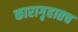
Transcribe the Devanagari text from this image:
कारागृहातच